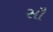
સૌ